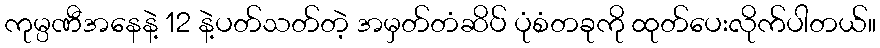
ကုမ္ပဏီအနေနဲ့ 12 နဲ့ပတ်သတ်တဲ့ အမှတ်တံဆိပ် ပုံစံတခုကို ထုတ်ပေးလိုက်ပါတယ်။